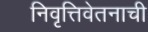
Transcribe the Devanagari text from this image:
निवृत्तिवेतनाची